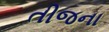
તીજના